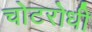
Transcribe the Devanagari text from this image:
चोटरोधी